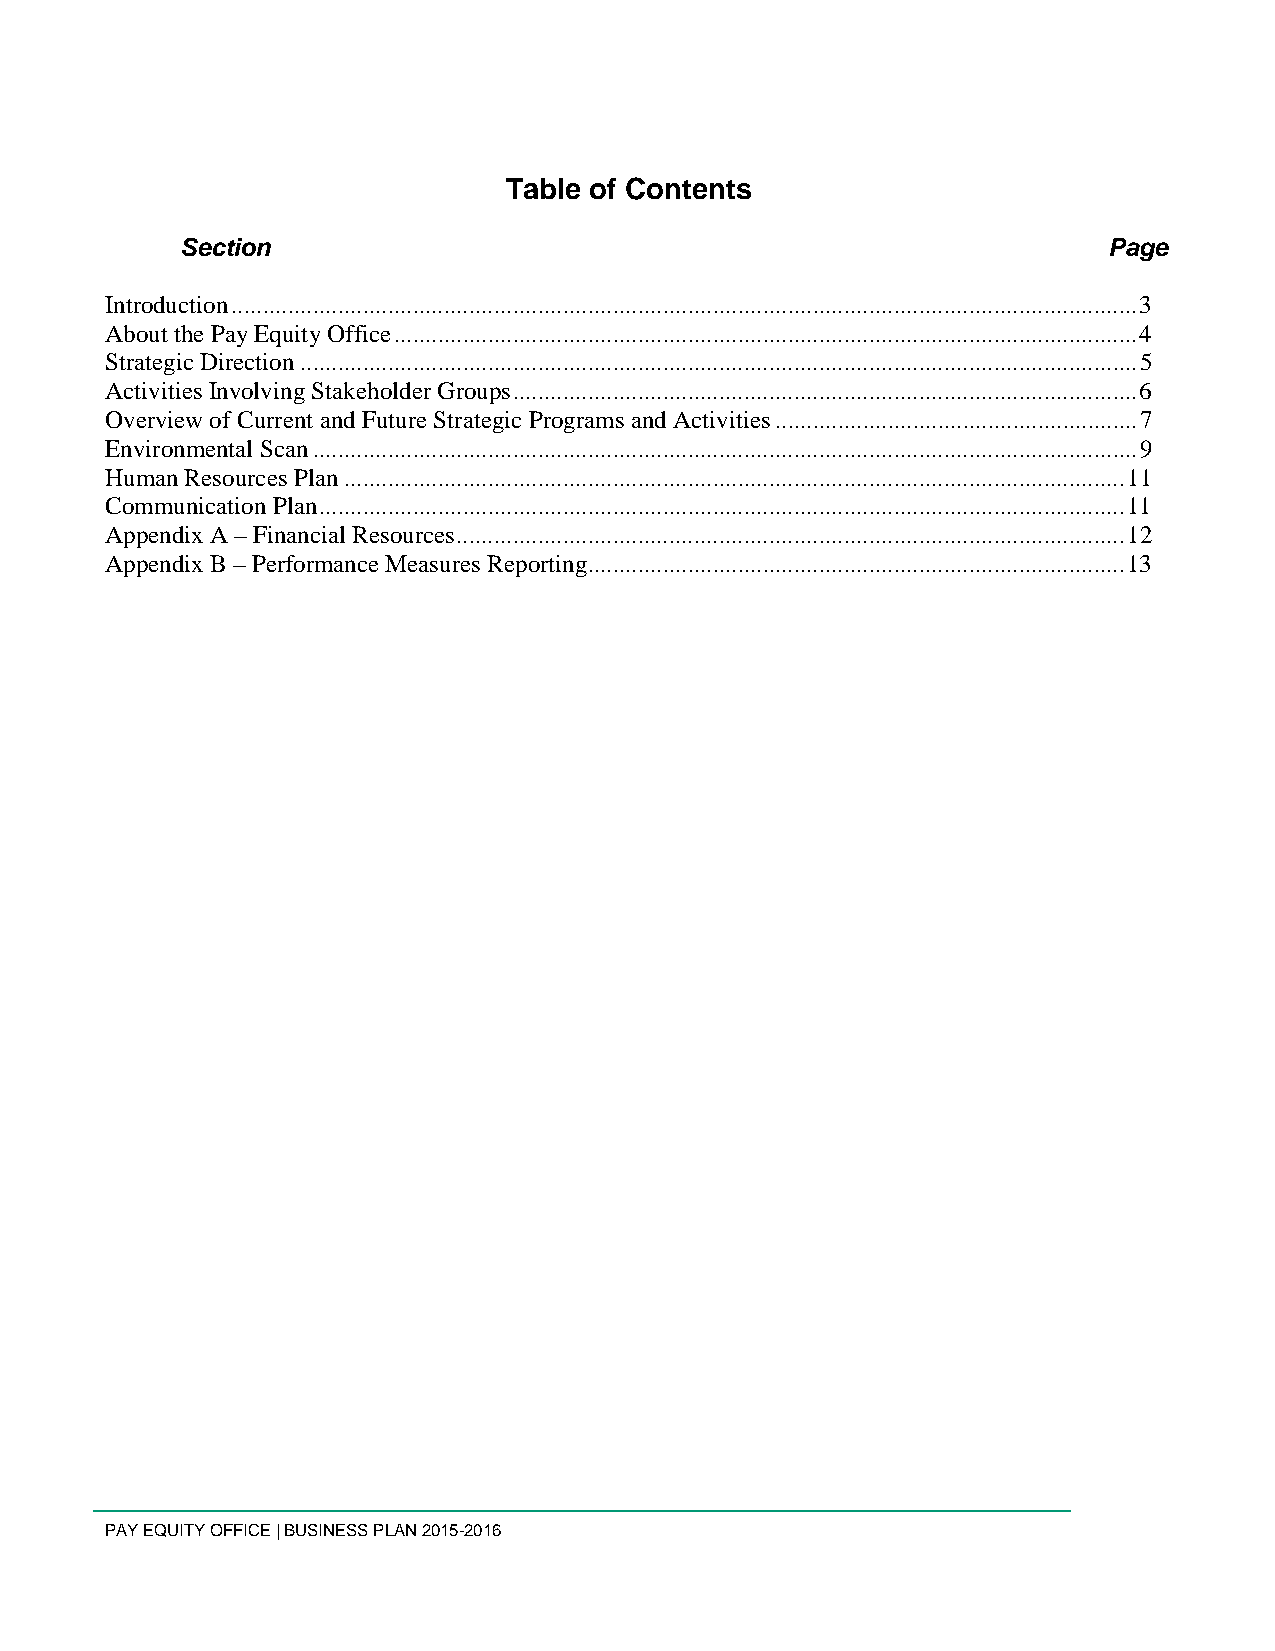
Table of Contents
 Section                                                      Page
 Introduction ................................................................................................................................................. 3
 About the Pay Equity Office ....................................................................................................................... 4
 Strategic Direction ...................................................................................................................................... 5
 Activities Involving Stakeholder Groups .................................................................................................... 6
 Overview of Current and Future Strategic Programs and Activities .......................................................... 7
 Environmental Scan .................................................................................................................................... 9
 Human Resources Plan ............................................................................................................................. 11
 Communication Plan ................................................................................................................................. 11
 Appendix A – Financial Resources ........................................................................................................... 12
 Appendix B – Performance Measures Reporting...................................................................................... 13
 PAY EQUITY OFFICE | BUSINESS PLAN 2015-2016